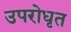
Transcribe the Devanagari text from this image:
उपरोधृत